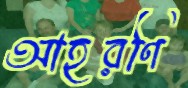
আহরণি